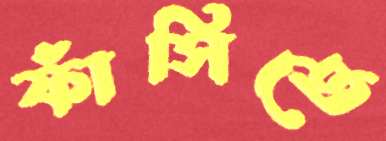
ফাঁসিতে